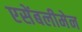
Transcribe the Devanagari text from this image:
एसेंबलीमेन